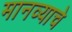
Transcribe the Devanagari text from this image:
मानव्याचे